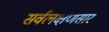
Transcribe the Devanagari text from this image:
सर्वलक्षणसार